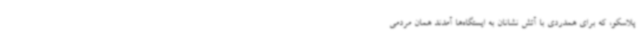
پلاسکو، که برای همدردی با آتش نشانان به ایستگاه‌ها آمدند همان مردمی